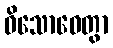
ဝိသောဓေတွာ